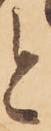
と